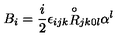
{ B } _ { i } = \frac { i } { 2 } \epsilon _ { i j k } { \stackrel { \circ } { R } } _ { j k 0 l } \alpha ^ { l }